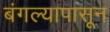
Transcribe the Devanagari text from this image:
बंगल्यापासून